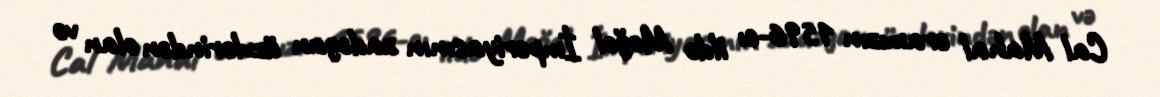
Cal Mahal eramızın 1596-cı ildə Moğol İmperiyasının zadəgan üzvlərindən olan və